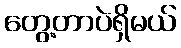
တွေ့တာပဲရှိမယ်